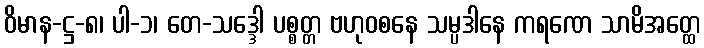
ဝိမာန-ဋ္ဌ-၈၊ ပါ-၁၊ တေ-သဒ္ဒေါ ပစ္စတ္တ ဗဟုဝစနေ သမ္ပဒါနေ ကရဏေ သာမိအတ္ထေ